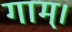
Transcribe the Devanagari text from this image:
गाम्।